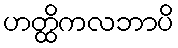
ဟတ္ထိကလဘာပိ